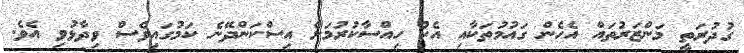
ގުދުރަތީ މަންޒަރުތައް އެހެން ގައުމުތަކާއި އެކު ހިއްސާކުރުމަށް އިސްކަންދޭނެ ކަމުގައިވެސް ވިދާޅުވި އެވެ.